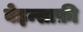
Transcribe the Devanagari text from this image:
बेइन्साफ़ी